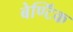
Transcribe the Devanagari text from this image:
बेण्टिंक